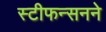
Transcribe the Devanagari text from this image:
स्टीफन्सनने